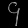
Digit: ၄